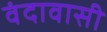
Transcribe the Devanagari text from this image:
वंदावासी